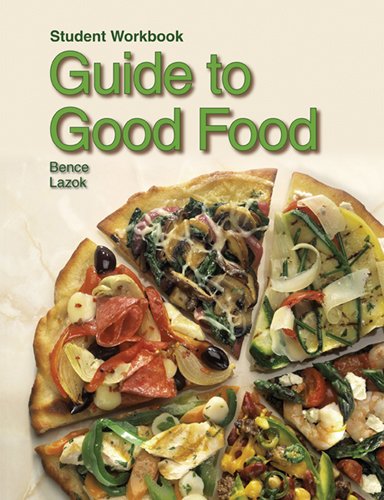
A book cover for Guide to Good Food; Velda L. Largen; Cookbooks, Food & Wine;